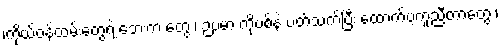
၊ကိုယ့်ဝန်ထမ်းတွေရဲ့ ဘေးက တွေ ၊ ဉပမာ ကိုဗစ်နဲ့ ပတ်သက်ပြီး ထောက်ပံ့ကူညီတာတွေ ၊